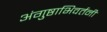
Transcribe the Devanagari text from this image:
अंगुष्ठाभिवर्तनी